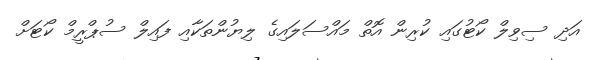
އަދި ސިވިލް ކޯޓުގައި ކުރިން އޮތް މައްސަލައިގެ ލިޔުންތަކާއި ފައިލް ސުޕްރީމް ކޯޓަށް